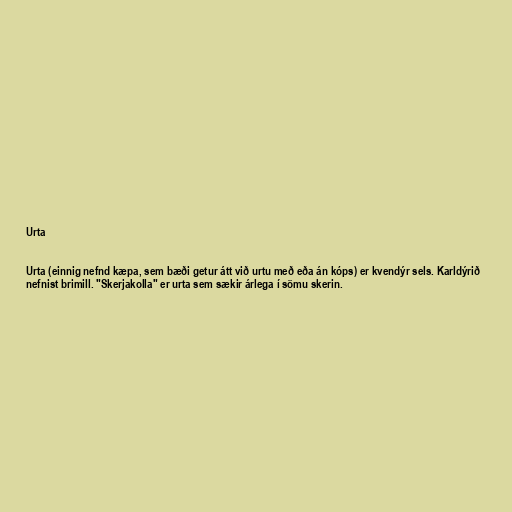
Urta

Urta (einnig nefnd kæpa, sem bæði getur átt við urtu með eða án kóps) er kvendýr sels. Karldýrið
nefnist brimill. "Skerjakolla" er urta sem sækir árlega í sömu skerin.